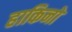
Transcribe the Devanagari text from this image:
हाकिनो